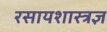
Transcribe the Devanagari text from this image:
रसायशास्त्रज्ञ